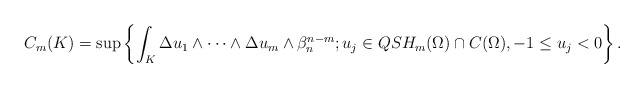
\begin{align*} C_m(K)= \sup \left\{\int_{K} \Delta u_1 \wedge\cdots\wedge \Delta u_m \wedge \beta_n^{n-m}; u_j\in QSH_m(\Omega)\cap C(\Omega), -1\leq u_j< 0\right\}.\end{align*}